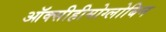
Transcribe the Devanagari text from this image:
ऑक्सीहीमोग्लोबिन